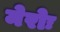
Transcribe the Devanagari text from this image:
मेरोः